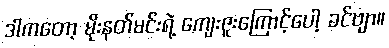
ဒါကတော့ မိုးနတ်မင်းရဲ့ ကျေးဇူးကြောင့်ပေါ့ ခင်ဗျာ။